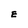
Character: E